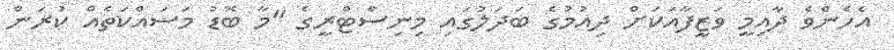
އެހެންވެ ދާއިމީ ވަޒީފާއަކަށް ދިއުމުގެ ބަދަލުގައި މިނިސްޓްރީގެ "މާ ބޮޑު މަސައްކަތެއް ކުރަން